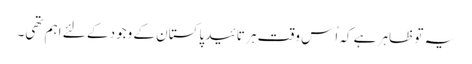
یہ تو ظاہر ہے کہ اُس وقت ہر تائید پاکستان کے وجود کے لئے اہم تھی۔